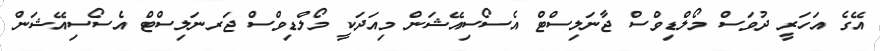
އޭގެ އަހަރީ ދުވަސް މޯލްޑިވްސް ޖާނަލިސްޓް އެސޯސިއޭޝަން މިއަދަކީ މޯލްޑިވްސް ޖަރނަލިސްޓް އެސޯސިއޭޝަން